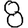
Digit: 8